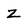
Character: z